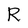
Character: R